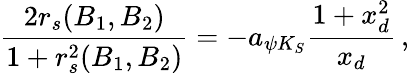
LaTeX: {\frac{2r_{s}(B_{1},B_{2})}{1+r_{s}^{2}(B_{1},B_{2})}}=-a_{\psi K_{S}}{\frac{1+x_{d}^{2}}{x_{d}}}\, ,